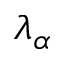
\lambda _ { \alpha }